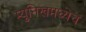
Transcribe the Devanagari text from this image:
म्युनिखमध्येच